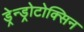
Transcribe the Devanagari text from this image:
ड्रेन्ड्रोटोक्सिन